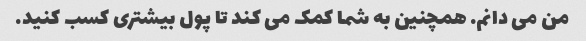
من می دانم. همچنین به شما کمک می کند تا پول بیشتری کسب کنید.